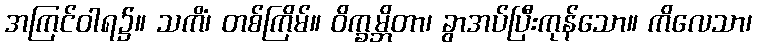
အကြင်ဝါရ၌။ သကိံ၊ တစ်ကြိမ်။ ဝိက္ခမ္ဘိတာ၊ ခွာအပ်ပြီးကုန်သော။ ကိလေသာ၊